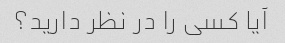
آیا کسی را در نظر دارید؟